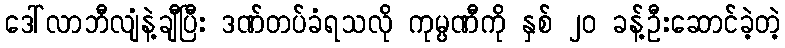
ဒေါ်လာဘီလျံနဲ့ချီပြီး ဒဏ်တပ်ခံရသလို ကုမ္ပဏီကို နှစ် ၂၀ ခန့်ဦးဆောင်ခဲ့တဲ့